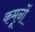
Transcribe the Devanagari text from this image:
कमूनों